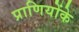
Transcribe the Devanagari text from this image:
प्राणियोंके